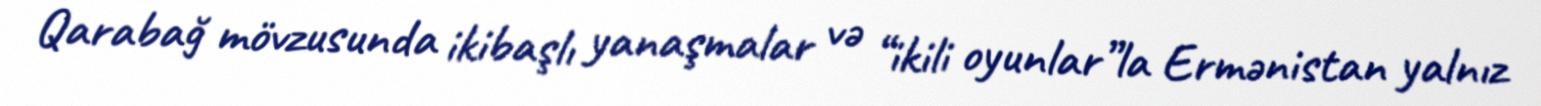
Qarabağ mövzusunda ikibaşlı yanaşmalar və “ikili oyunlar”la Ermənistan yalnız